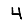
Digit: 4